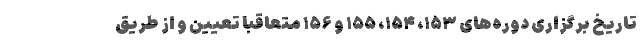
تاریخ برگزاری دوره‌های ۱۵۳، ۱۵۴، ۱۵۵ و ۱۵۶ متعاقباً تعیین و از طریق